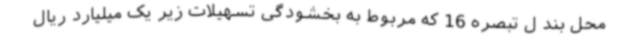
محل بند ل تبصره 16 که مربوط به بخشودگی تسهیلات زیر یک میلیارد ریال